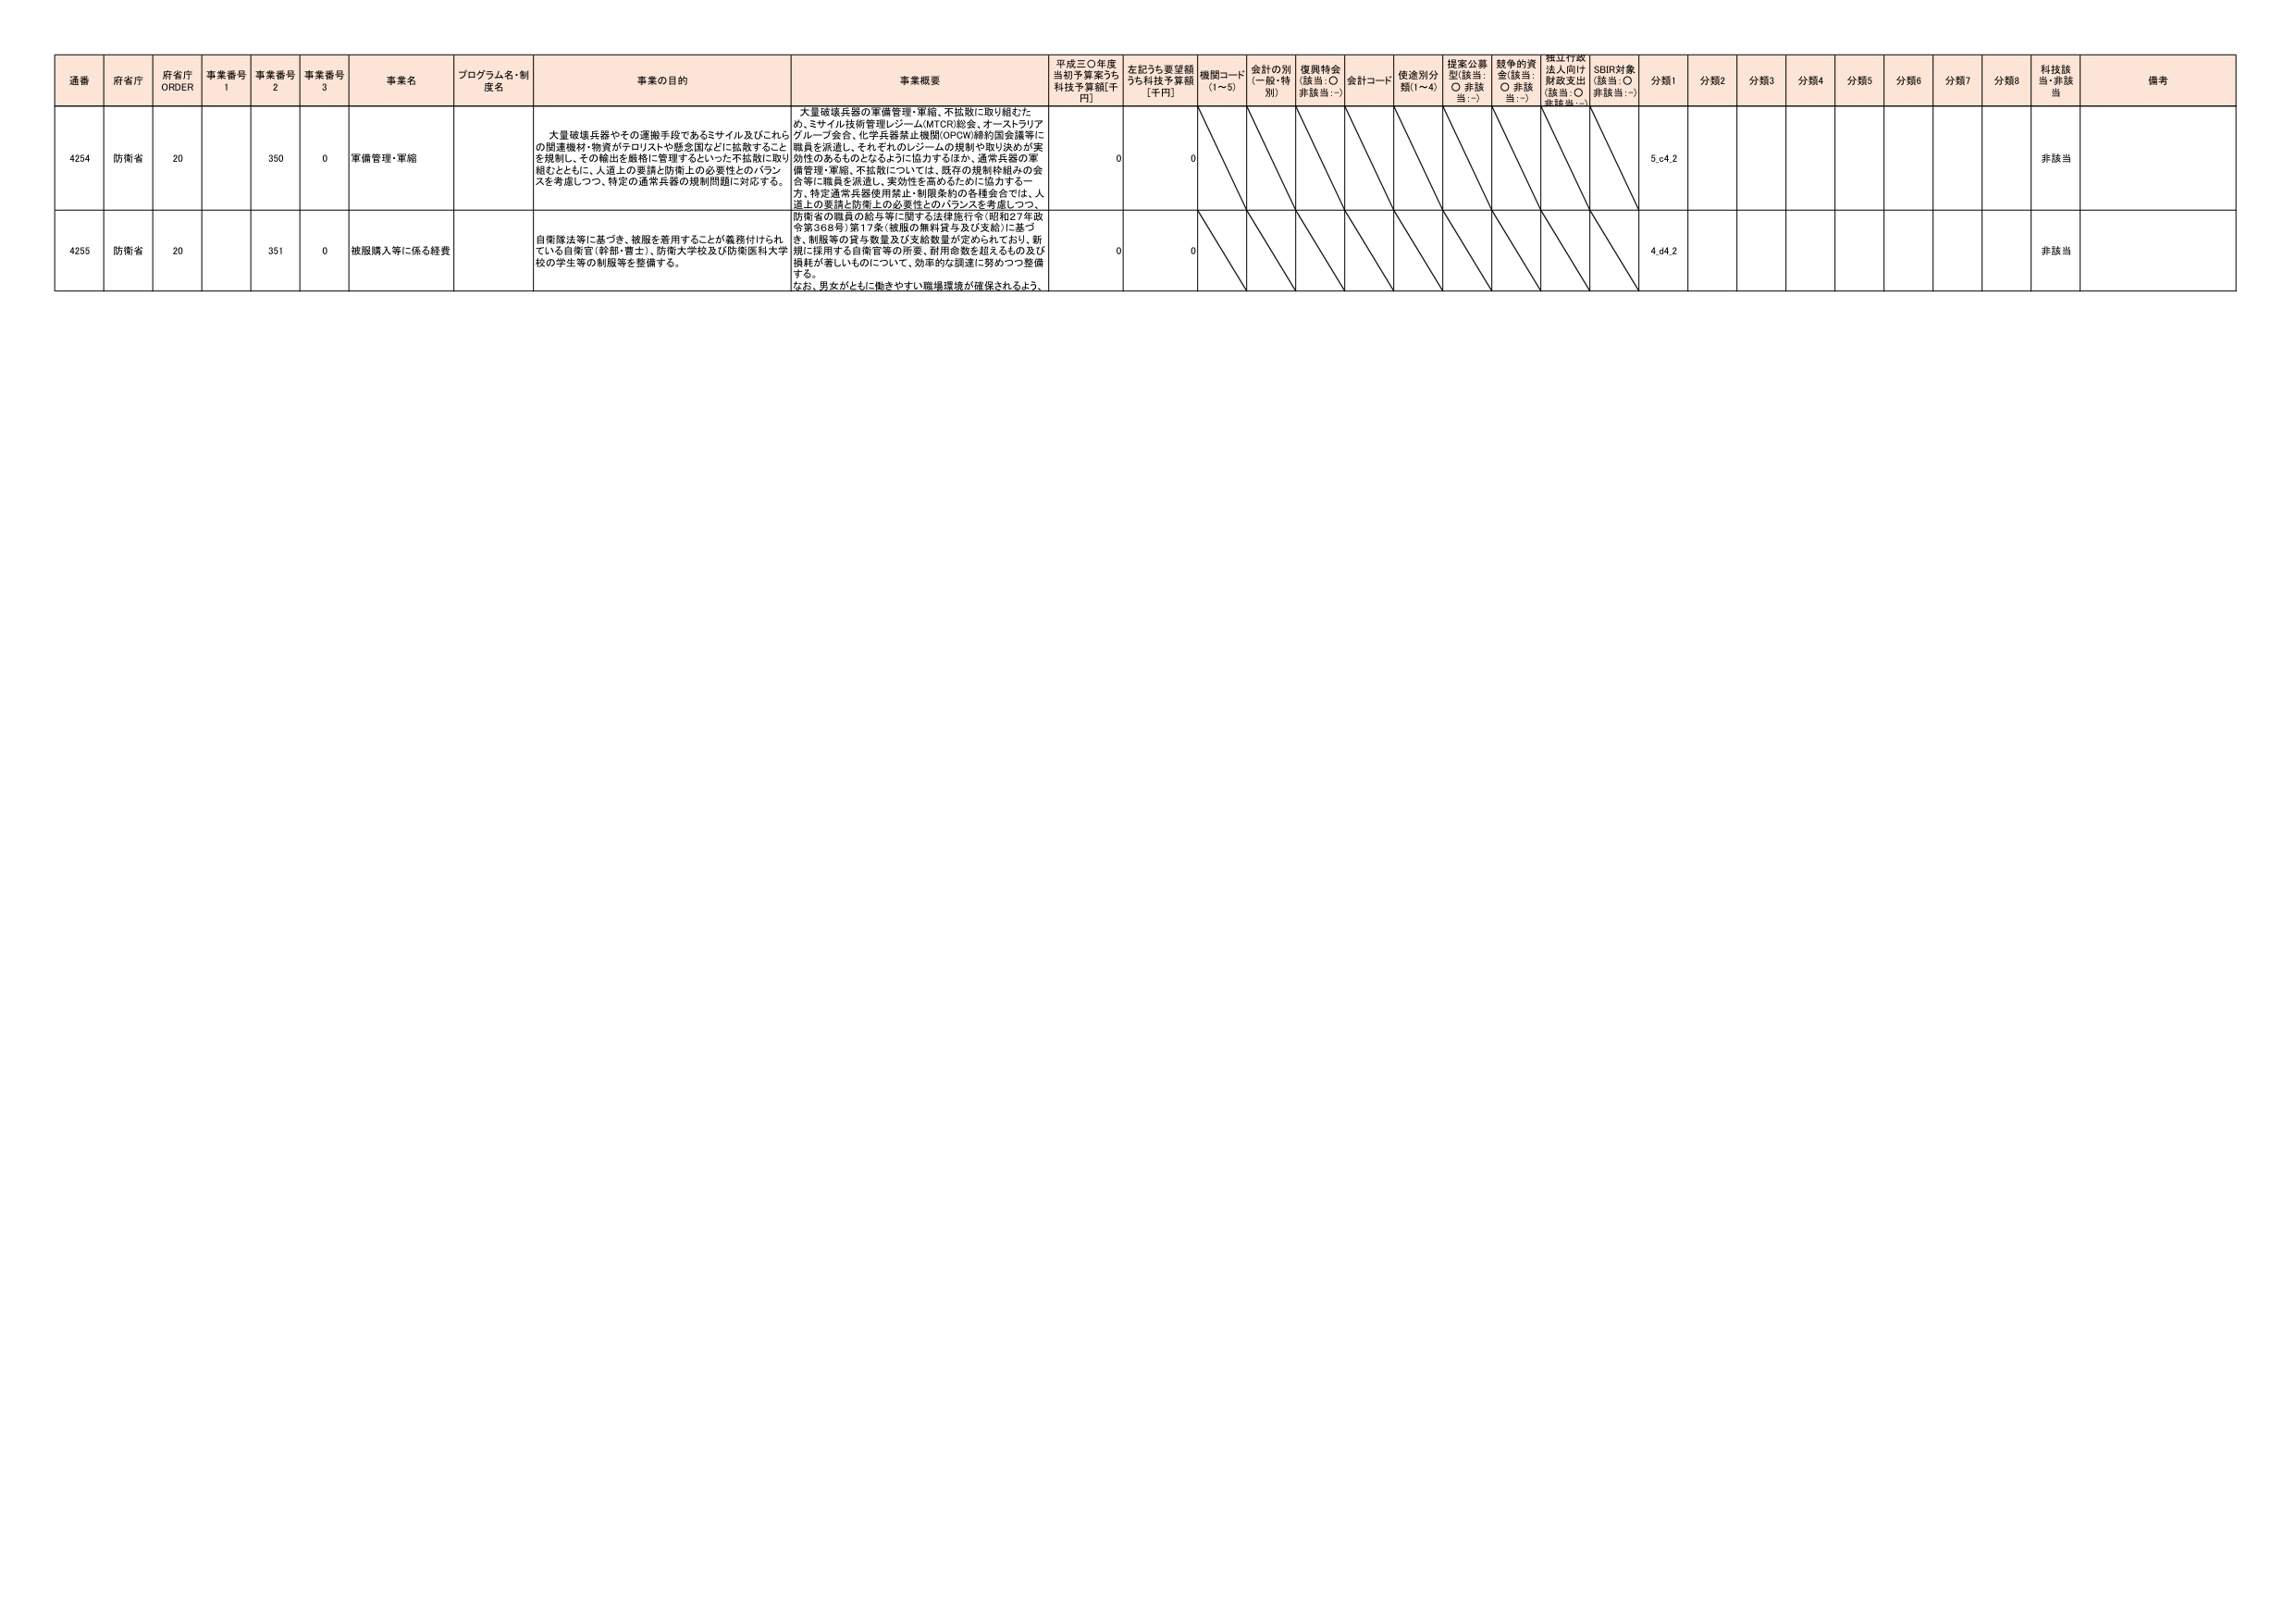
通番 府省庁 府省庁 ORDER 事業番号 1 事業番号 2 事業番号 3 事業名 プログラム名・制度名 事業の目的 事業概要 平成三〇年度当初予算案うち 科技予算額[千円] 左記うち要望額うち科技予算額 [千円] 機関コード (1～5) 会計の別 (一般・特別) 復興特会 (該当：○ 非該当：-) 会計コード 用途別分類(1～4) 提案公募型(該当：○ 非該当：-) 競争的資金(該当：○ 非該当：-) 独立行政法人向け財政支出 (該当：○ 非該当：-) SDBR対象 (該当：○ 非該当：-) 分類1 分類2 分類3 分類4 分類5 分類6 分類7 分類8 科技該当・非該当 備考

4254 防衛省 20 350 0 軍備管理・軍縮 大量破壊兵器やその運搬手段であるミサイル及びこれらの関連機材・物資がテロリストや他全国などに拡散することを規制し、その輸出を厳格に管理するといった不拡散に取り組むとともに、人道上の要請と防衛上の必要性とのバランスを考慮しつつ、特定の通常兵器の規制問題に対応する。 大量破壊兵器の軍備管理・軍縮、不拡散に取り組むため、ミサイル技術管理レジーム(MTOR)総会、オーストラリアグループ会合、化学兵器禁止機関(OPCW)締約国会議等に職員を派遣し、それぞれのレジームの規制や取り決めが実効性のあるものとなるように協力するほか、通常兵器の軍備管理・軍縮、不拡散については、既存の規制枠組みの会合等に職員を派遣し、実効性を高めるために協力する一方、特定通常兵器使用禁止・制限条約の各種会合では、人道上の要請と防衛上の必要性とのバランスを考慮しつつ、防衛省の職員の給与等に関する法律施行令(昭和27年政令第368号)第17条(被服の無料貸与及び支給)に基づき、制服等の貸与数量及び支給数量が定められており、新規に採用する自衛官等の所要、耐用年数を超えるもの及び損耗が著しいものについて、効率的な調達に努めつつ整備する。なお、男女がともに働きやすい職場環境が確保されるよう、 0 0 5.04.2 非該当

4255 防衛省 20 351 0 被服購入等に係る経費 自衛隊法等に基づき、被服を着用することが義務付けられている自衛官(幹部・曹士)、防衛大学校及び防衛医科大学校の学生等の制服等を整備する。 0 0 4.04.2 非該当